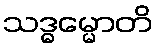
သဒ္ဓမ္မောတိ